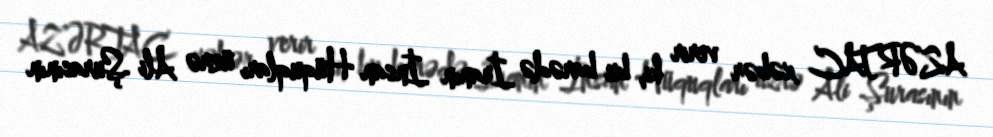
AZƏRTAC xəbər verir ki, bu barədə İranın İnsan Hüquqları üzrə Ali Şurasının